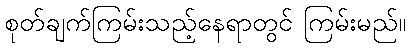
စုတ်ချက်ကြမ်းသည့်နေရာတွင် ကြမ်းမည်။